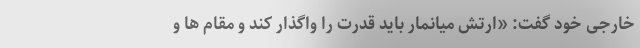
خارجی خود گفت: «ارتش میانمار باید قدرت را واگذار کند و مقام ها و